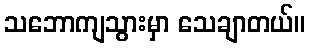
သဘောကျသွားမှာ သေချာတယ်။